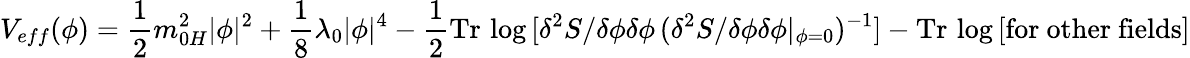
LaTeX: V_{eff}(\phi)=\frac{1}{2}m_{0H}^{2}|\phi|^{2}+\frac{1}{8}\lambda_{0}|\phi|^{4}-\frac{1}{2}\mathrm{Tr}\, \log\, [\delta^{2}S/\delta\phi\delta\phi\, (\delta^{2}S/\delta\phi\delta\phi|_{\phi=0})^{-1}]-\mathrm{Tr}\, \log\, [\mathrm{for~other~fields}]